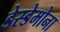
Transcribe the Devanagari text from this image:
डेस्डेमोना